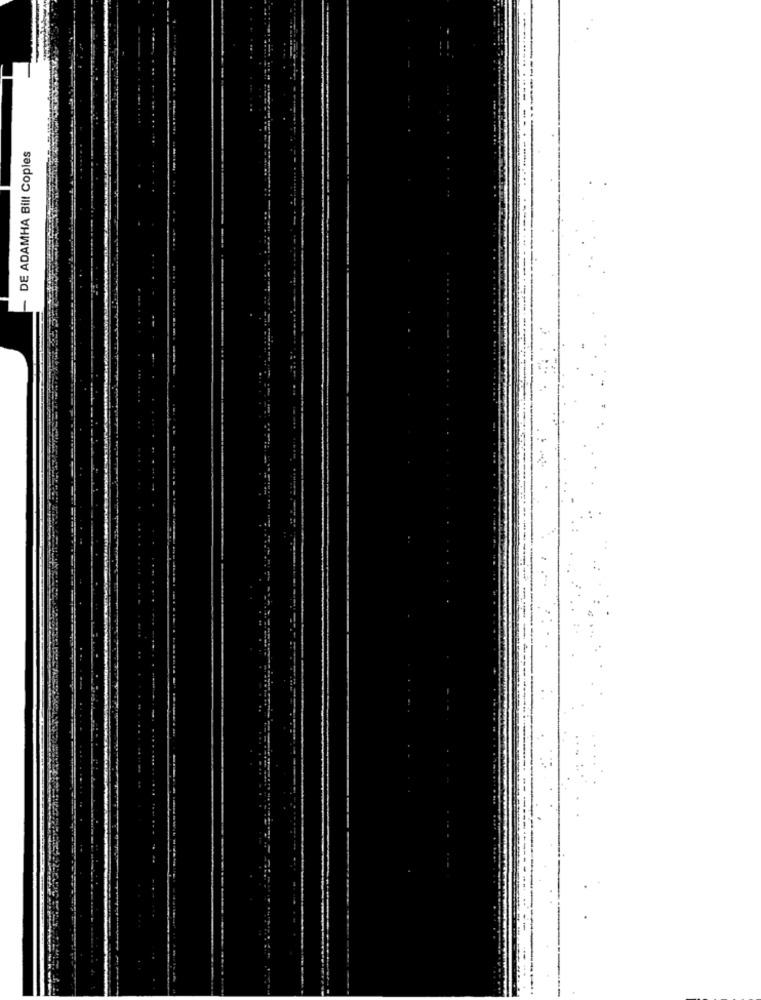
DE ADAMHA Bill Copies